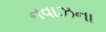
નવાઝના